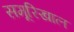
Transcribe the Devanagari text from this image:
समूरिखाल